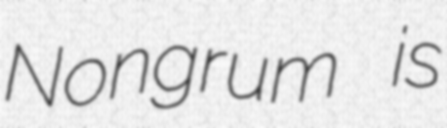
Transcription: Nongrum is